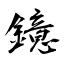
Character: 鐿